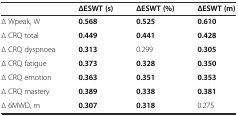
<table><thead><tr><td></td><td><b>ΔESWT (s)</b></td><td><b>ΔESWT (%)</b></td><td><b>ΔESWT (m)</b></td></tr></thead><tbody><tr><td>∆ Wpeak, W</td><td><b>0.568</b></td><td><b>0.525</b></td><td><b>0.610</b></td></tr><tr><td>∆ CRQ total</td><td><b>0.449</b></td><td><b>0.441</b></td><td><b>0.428</b></td></tr><tr><td>∆ CRQ dyspnoea</td><td><b>0.313</b></td><td>0.299</td><td><b>0.305</b></td></tr><tr><td>∆ CRQ fatigue</td><td><b>0.373</b></td><td><b>0.328</b></td><td><b>0.350</b></td></tr><tr><td>∆ CRQ emotion</td><td><b>0.363</b></td><td><b>0.351</b></td><td><b>0.353</b></td></tr><tr><td>∆ CRQ mastery</td><td><b>0.389</b></td><td><b>0.338</b></td><td><b>0.381</b></td></tr><tr><td>∆ 6MWD, m</td><td><b>0.307</b></td><td><b>0.318</b></td><td>0.275</td></tr></tbody></table>